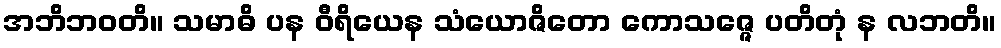
အဘိဘဝတိ။ သမာဓိ ပန ဝီရိယေန သံယောဇိတော ကောသဇ္ဇေ ပတိတုံ န လဘတိ။